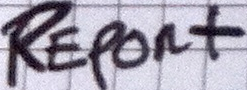
REPont